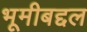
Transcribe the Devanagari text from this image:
भूमीबद्दल